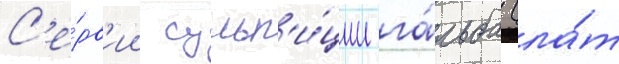
С'е́рв'ии сульп'и́ции га́льба (ла́т